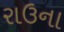
રાઉના